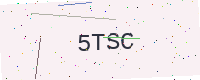
Text: 5TSC